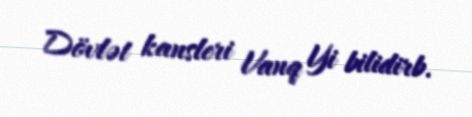
Dövlət kansleri Vanq Yi bilidirb.